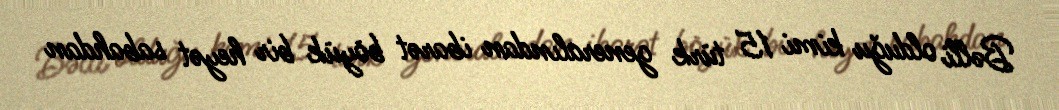
Bəlli olduğu kimi 15 türk generalından ibarət böyük bir heyət sabahdan